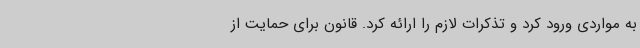
به مواردی ورود کرد و تذکرات لازم را ارائه کرد. قانون برای حمایت از